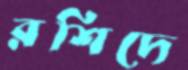
রশিদে